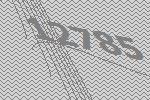
12785